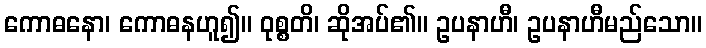
ကောဓနော၊ ကောဓနဟူ၍။ ဝုစ္စတိ၊ ဆိုအပ်၏။ ဥပနာဟီ၊ ဥပနာဟီမည်သော။